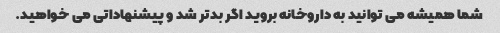
شما همیشه می توانید به داروخانه بروید اگر بدتر شد و پیشنهاداتی می خواهید.